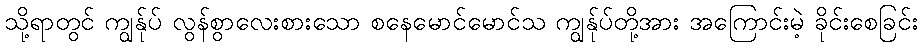
သို့ရာတွင် ကျွန်ုပ် လွန်စွာလေးစားသော စနေမောင်မောင်သ ကျွန်ုပ်တို့အား အကြောင်းမဲ့ ခိုင်းစေခြင်း